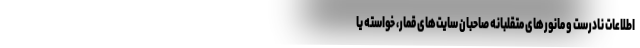
اطلاعات نادرست و مانورهای متقلبانه صاحبان سایت‌های قمار، خواسته یا